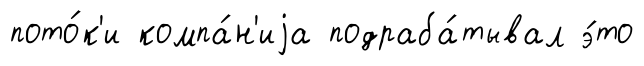
пото́к'и компа́н'иjа подраба́тывал э́то